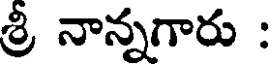
శ్రీ నాన్నగారు :